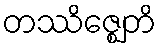
တဿိဇ္ဈေတိ